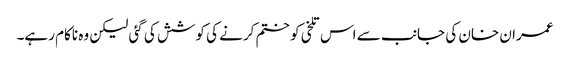
عمران خان کی جانب سے اس تلخی کو ختم کرنے کی کوشش کی گئی لیکن وہ ناکام رہے۔